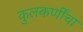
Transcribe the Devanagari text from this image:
कुलकर्णींचा